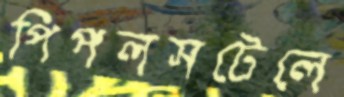
পিপলসটেলে